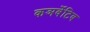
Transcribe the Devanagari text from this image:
कञर्वेटिव